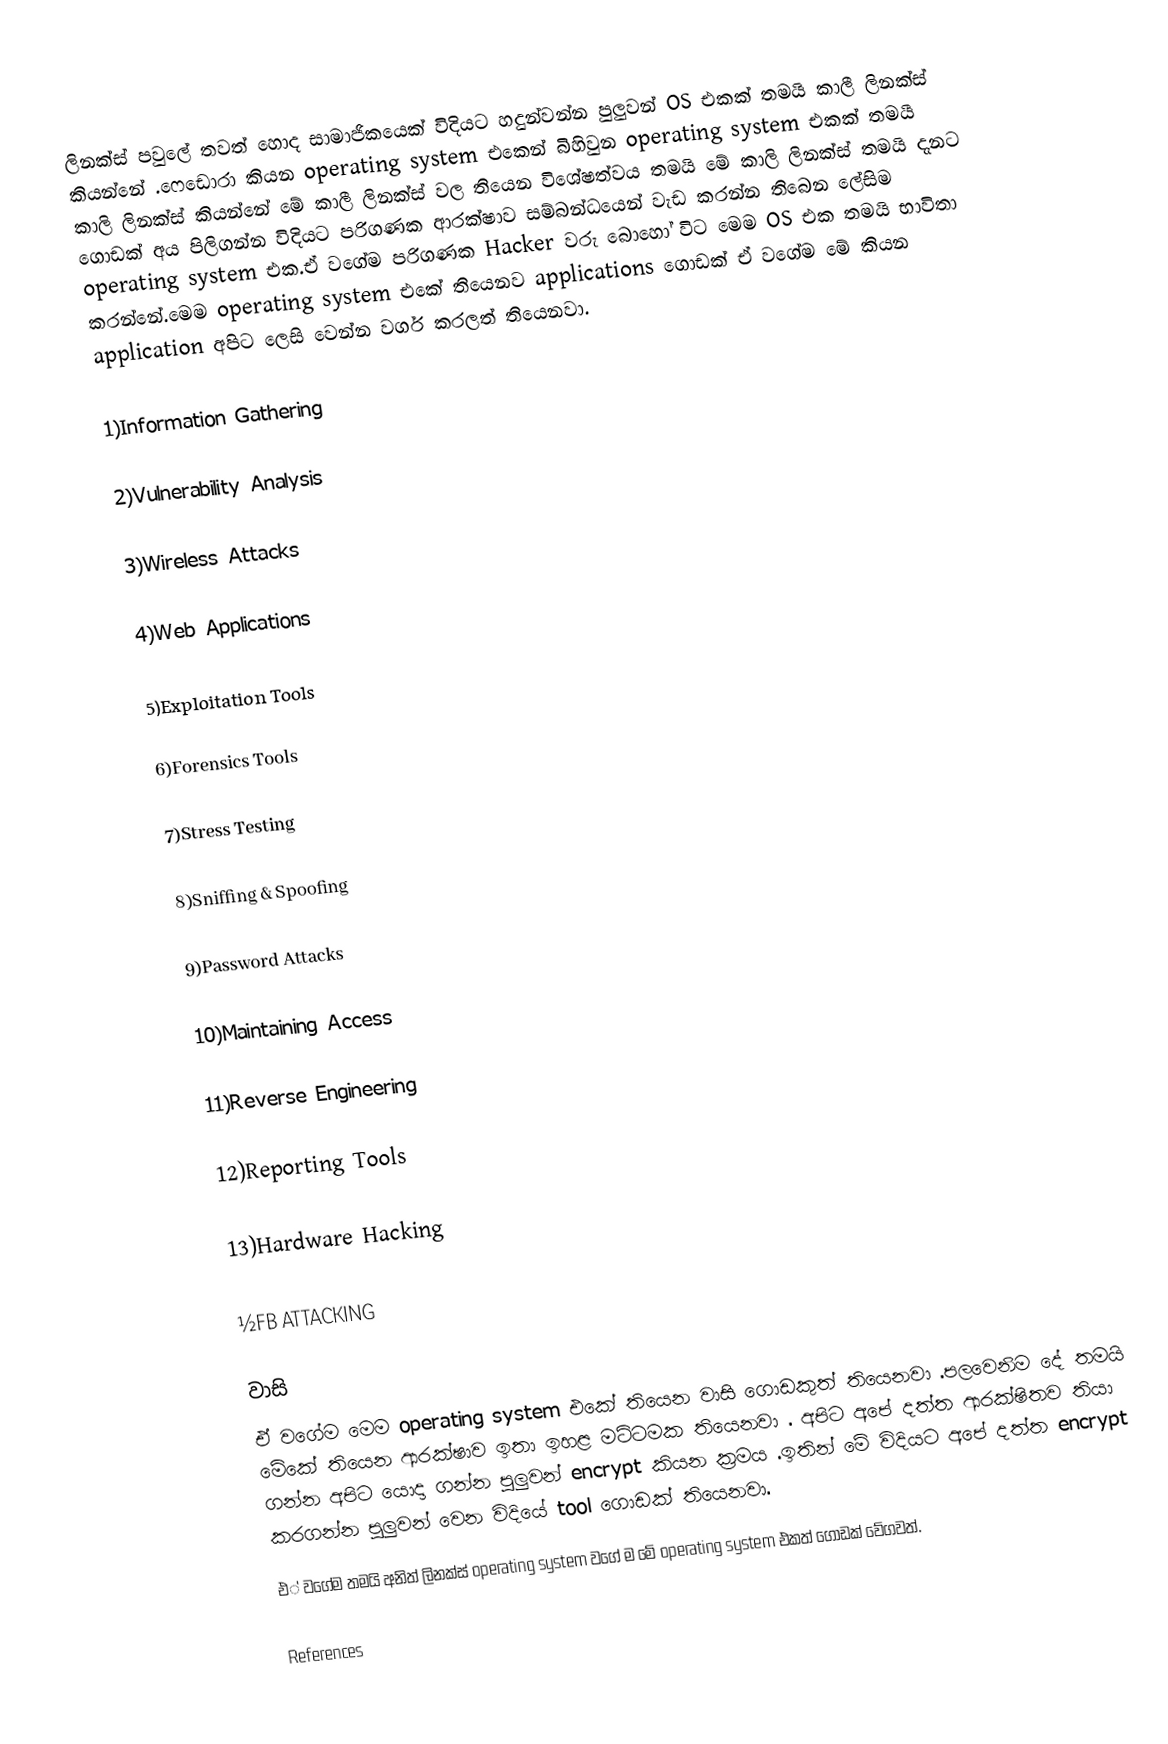
ලිනක්ස් පවුලේ තවත් හොද සාමාජිකයෙක් විදියට හදුන්වන්න පුලුවන් OS ‍එකක් තමයි කාලී ලිනක්ස් කියන්නේ .ෆෙඩොරා කියන operating system එකෙන් බිහිවුන operating system එකක් තමයී කාලි ලිනක්ස් කියන්නේ මේ කාලී ලිනක්ස් වල තියෙන විශේෂත්වය තමයි මේ කාලි ලිනක්ස් තමයි දැනට ගොඩක් අය පිලිගන්න විදියට පරිගණක ආරක්ෂාව සම්බන්ධයෙන් වැඩ කරන්න තිබෙන ලේසිම operating system එක.ඒ වගේම පරිගණක Hacker වරු බොහෝ විට මෙම OS එක තමයි භාවිතා කරන්නේ.මෙම operating system එකේ තියෙනව applications ගොඩක් ඒ වගේම මේ කියන application අපිට ලෙසි වෙන්න වර්ග කරලත් තියෙනවා.

1)Information Gathering

2)Vulnerability Analysis

3)Wireless Attacks

4)Web Applications

5)Exploitation Tools

6)Forensics Tools

7)Stress Testing

8)Sniffing & Spoofing

9)Password Attacks

10)Maintaining Access

11)Reverse Engineering

12)Reporting Tools

13)Hardware Hacking

½FB ATTACKING

වාසි
ඒ වගේම මෙම operating system එකේ තියෙන වාසි ගොඩකුත් තියෙනවා .පලවෙනිම දේ තමයි මේකේ තියෙන ආරක්ෂාව ‍ඉතා ඉහළ මට්ටමක තියෙනවා . අපිට අපේ දත්ත ආරක්ෂිතව තියා ගන්න අපිට යොදා ගන්න පුලුවන් encrypt කියන ක්‍රමය .ඉතින් මේ විදියට අපේ දත්ත encrypt කරගන්න පුලුවන් වෙන විදියේ tool ගොඩක් තියෙනවා.
එ් වගේම තමයි අනිත් ලිනක්ස් operating system වගේ ම මේ operating system එකත් ගොඩක් වේගවත්.

References